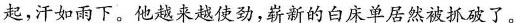
\underline{起，汗如雨下。他越来越使劲，崭新的白床单居然被抓破了。}